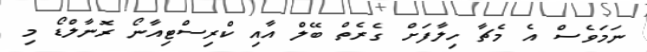
ނަމަވެސް އެ މެޗާ ހިލާފަށް ގެރެތް ބޭލް އާއި ކްރިސްޓިއާނޯ ރޮނާލްޑޯ މި